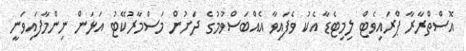
އޮސްތްރާރާ ޕްރައިވެޓް ލިމިޓެޑާ އެކު ވެފައިވާ އެއްބަސްވުމުގެ ދަށުން މަސްމާރުކޭޓު އަޅަން ނިންމާފައިވަނީ